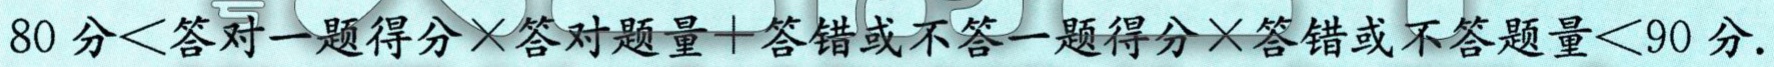
$80分<答对一题得分\times答对题量+答错或不答一题得分\times答错或不答题量<90分.$